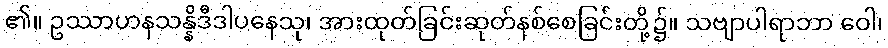
၏။ ဥဿာဟနသန္နိဒီဒါပနေသု၊ အားထုတ်ခြင်းဆုတ်နစ်စေခြင်းတို့၌။ သဗျာပါရာဘာ ဝေါ၊